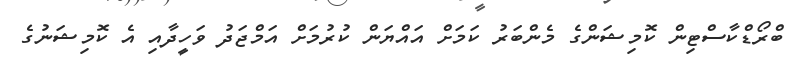
ބްރޯޑްކާސްޓިން ކޮމިޝަންގެ މެންބަރު ކަމަށް އައްޔަން ކުރުމަށް އަމްޖަދު ވަހީދާއި އެ ކޮމިޝަނުގެ